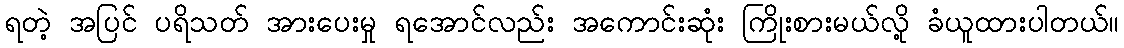
ရတဲ့ အပြင် ပရိသတ် အားပေးမှု ရအောင်လည်း အကောင်းဆုံး ကြိုးစားမယ်လို့ ခံယူထားပါတယ်။